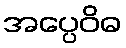
အပ္ပေဝိဓ